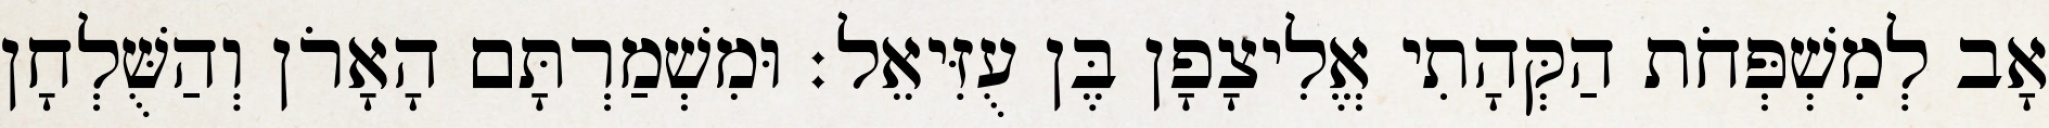
אָב לְמִשְׁפְּחֹת הַקְּהָתִי אֱלִיצָפָן בֶּן עֻזִּיאֵל׃ וּמִשְׁמַרְתָּם הָאָרֹן וְהַשֻּׁלְחָן